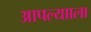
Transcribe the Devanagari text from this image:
आपल्यााला